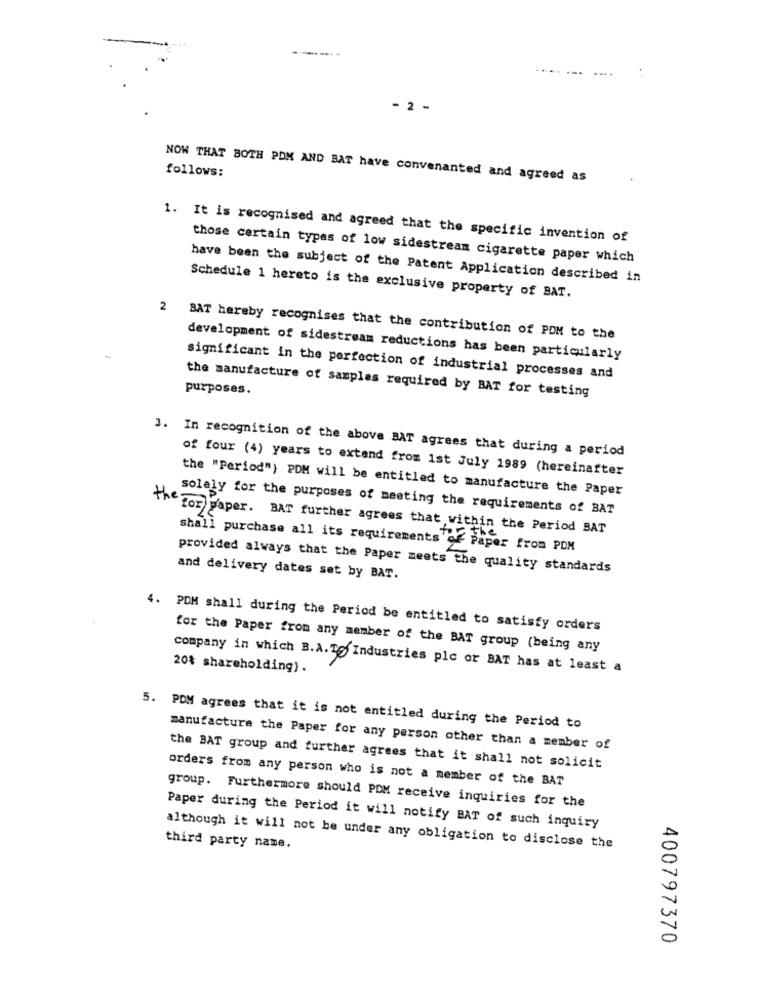
- 2 -
follows:
NOW THAT BOTH POM AND BAT have convenanted and agreed as
1. It is recognised and agreed that the specific invention of
those certain types of low sidestream cigarette paper which
have been the subject of the Patent Application described in
Schedule 1 hereto is the exclusive property of BAT.
2 BAT hereby recognises that the contribution of POM to the
development of sidestream reductions has been particularly
significant in the perfection of industrial processes and
purposes.
the manufacture of samples required by BAT for testing
3. In recognition of the above BAT agrees that during a period
of four (4) years to extend from 1st July 1989 (hereinafter
the "Period") PDM will be entitled to manufacture the Paper
the For
solely for the purposes of meeting the requirements of BAT
For Paper. BAT further agrees that within the Period BAT
shall purchase all its requirements of Paper from PDM
provided always that the Paper meets the quality standards
and delivery dates set by BAT.
4. PDM shall during the Period be entitled to satisfy orders
for the Paper from any member of the BAT group (being any
company in which B.A.T Industries plc or BAT has at least a
20% shareholding).
5. PDM agrees that it is not entitled during the Period to
manufacture the Paper for any person other than a member of
the BAT group and further agrees that it shall not solicit
orders from any person who is not a member of the BAT
group. Furthermore should PDM receive inquiries for the
Paper during the Period it will notify BAT of such inquiry
third party name.
although it will not be under any obligation to disclose the
400797370